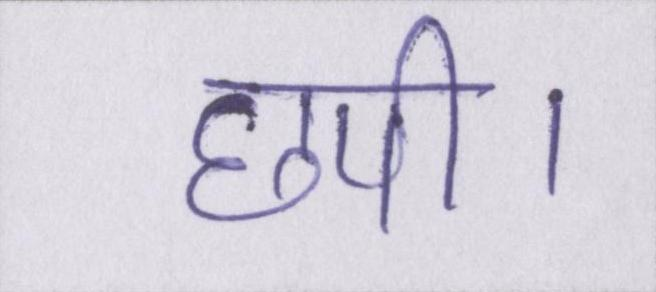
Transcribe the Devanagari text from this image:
छपी।